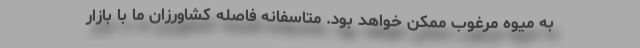
به میوه مرغوب ممکن خواهد بود. متاسفانه فاصله کشاورزان ما با بازار